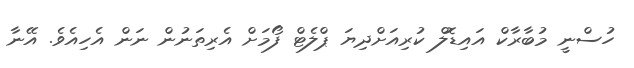
ހުސްނީ މުބާރާކް އައިޑޮލް ކުރިއަށްދިޔަ ޕްލެޓް ފޯމަށް އެރިތަނުން ނަން އެހިއެވެ. އޭނާ